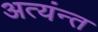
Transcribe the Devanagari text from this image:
अत्यंन्त